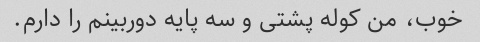
خوب، من کوله پشتی و سه پایه دوربینم را دارم.